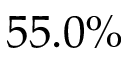
5 5 . 0 \%